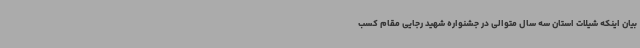
بیان اینکه شیلات استان سه سال متوالی در جشنواره شهید رجایی مقام کسب